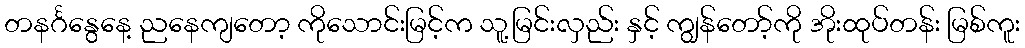
တနင်္ဂနွေနေ့ ညနေကျတော့ ကိုသောင်းမြင့်က သူ့မြင်းလှည်း နှင့် ကျွန်တော့်ကို အိုးထုပ်တန်း မြစ်ကူး